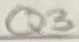
Text: Q3